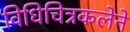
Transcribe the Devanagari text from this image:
विधिचित्रकलेने